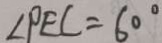
\angle P E C = 6 0 ^ { \circ }